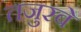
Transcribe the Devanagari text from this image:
तजुरबे